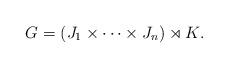
LaTeX: \begin{align*} G = (J_{1} \times\cdots\times J_{n}) \rtimes K. \end{align*}